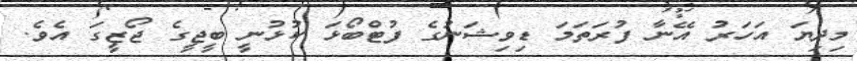
މިދިޔަ އަހަރު އޭނާ ފުރަތަމަ ޑިވިޝަނުގެ ފުޓްބޯޅަ ކުޅުނީ ބީޖީގެ ޖޯޒީގަ އެވެ.